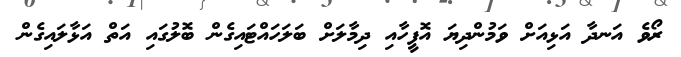
ރޯވެ އަނދާ އަޅިއަށް ވަމުންދިޔަ އޮފީހާއި ދިމާލަށް ބަލަހައްޓައިގެން ބޮލުގައި އަތް އަޅާލައިގެން